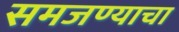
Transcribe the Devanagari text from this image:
समजण्याचा